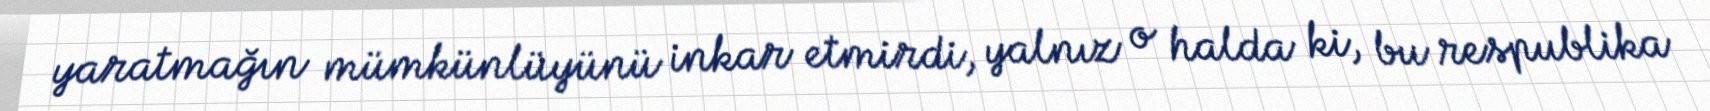
yaratmağın mümkünlüyünü inkar etmirdi, yalnız o halda ki, bu respublika